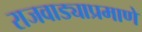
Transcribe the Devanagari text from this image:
राजवाड्याप्रमाणे